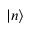
| n \rangle